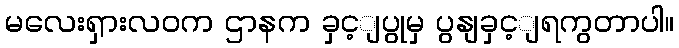
မလေးရှားလဝက ဌာနက ခှင့ျပွုမှ ပွနျခှင့ျရကွတာပါ။